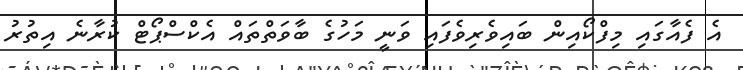
އެ ފެއާގައި މިފްކޯއިން ބައިވެރިވެފައި ވަނީ މަހުގެ ބާވަތްތައް އެކްސްޕޯޓް ކުރާނެ އިތުރު